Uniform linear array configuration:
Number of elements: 12
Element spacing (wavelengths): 0.5
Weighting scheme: hamming
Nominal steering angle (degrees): -45
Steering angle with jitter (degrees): -44.979
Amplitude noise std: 0.05
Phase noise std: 0.05

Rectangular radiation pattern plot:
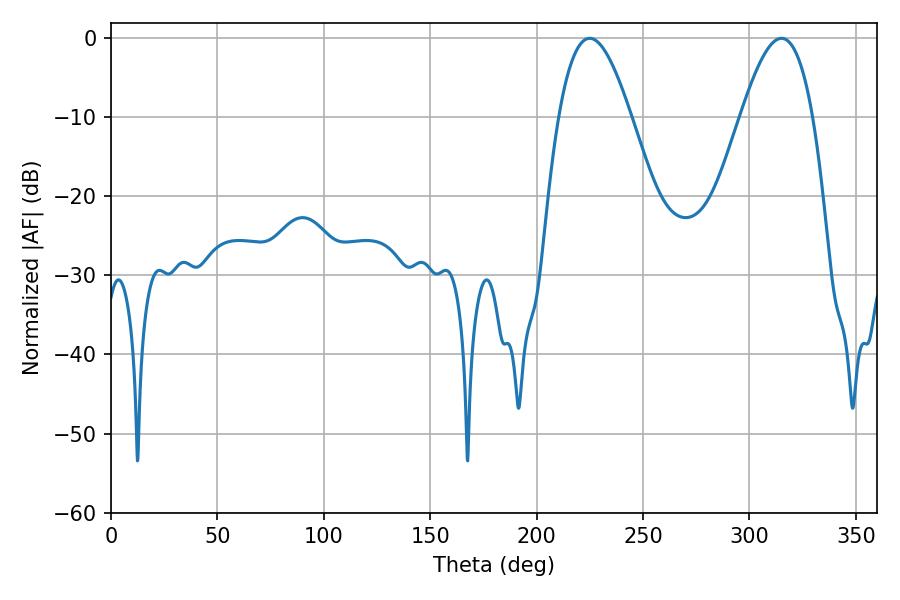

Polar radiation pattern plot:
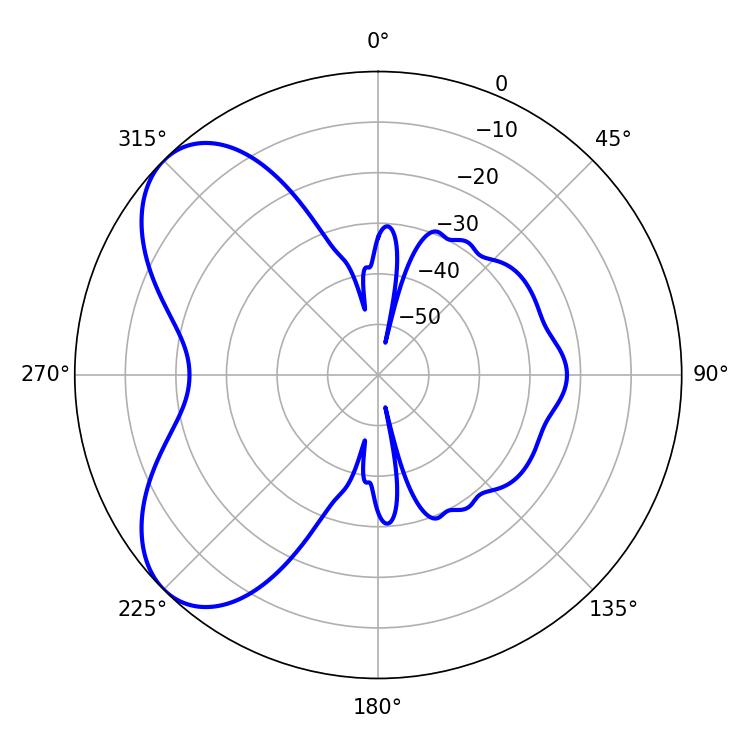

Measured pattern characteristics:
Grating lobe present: FALSE
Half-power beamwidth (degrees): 18.36
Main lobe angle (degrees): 225